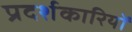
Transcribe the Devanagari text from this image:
प्रदर्शकारियों